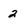
Character: 2